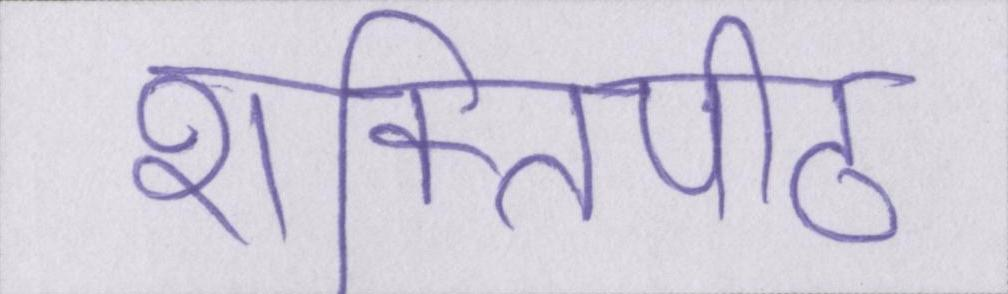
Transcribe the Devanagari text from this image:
शक्तिपीठ